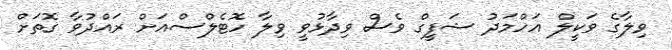
ވިލާގެ ވަކީލް އަހްމަދު ޝަފީގް ވެސް ވިދާޅުވީ ވިލާ ހޮޓެލްސްއަށް ރައްދުވާ ގޮތަށް